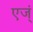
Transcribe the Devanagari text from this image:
एज्ं